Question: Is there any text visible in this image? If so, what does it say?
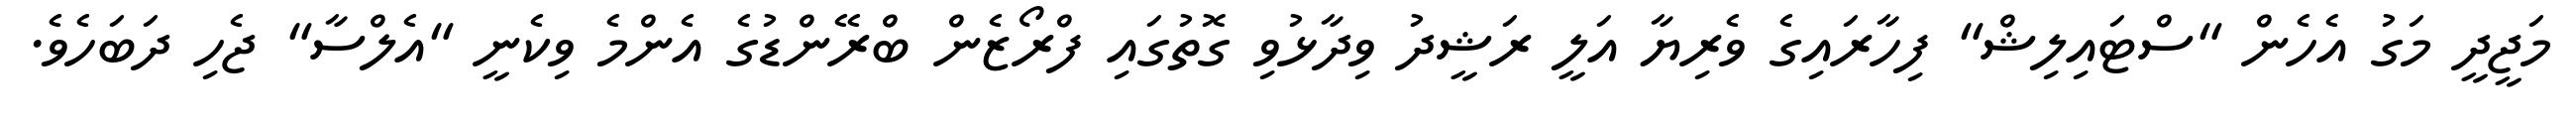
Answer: މަޖީދީ މަގު އެހެން "ސްޓައިލިޝް" ފިހާރައިގެ ވެރިޔާ އަލީ ރަޝީދު ވިދާޅުވި ގޮތުގައި ފްރޯޒެން ބްރޭންޑުގެ އެންމެ ވިކެނީ "އެލްސާ" ޖެހި ދަބަހެވެ.